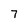
Character: 7